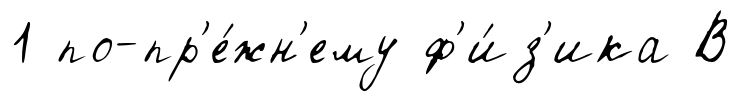
1 по-пр'е́жн'ему ф'и́з'ика В